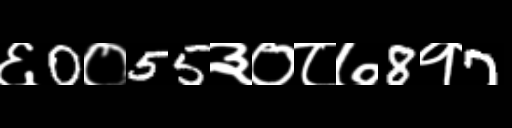
Text: ६0०55३०८७8१7